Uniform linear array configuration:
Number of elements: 24
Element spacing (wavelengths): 1
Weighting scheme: uniform
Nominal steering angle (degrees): -60
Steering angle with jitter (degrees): -58.177
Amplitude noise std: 0.05
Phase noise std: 0.05

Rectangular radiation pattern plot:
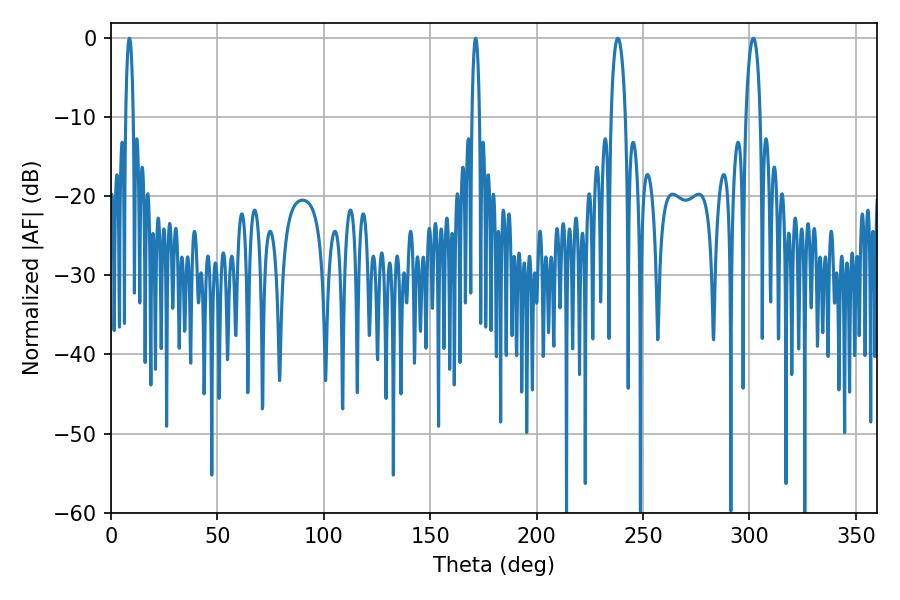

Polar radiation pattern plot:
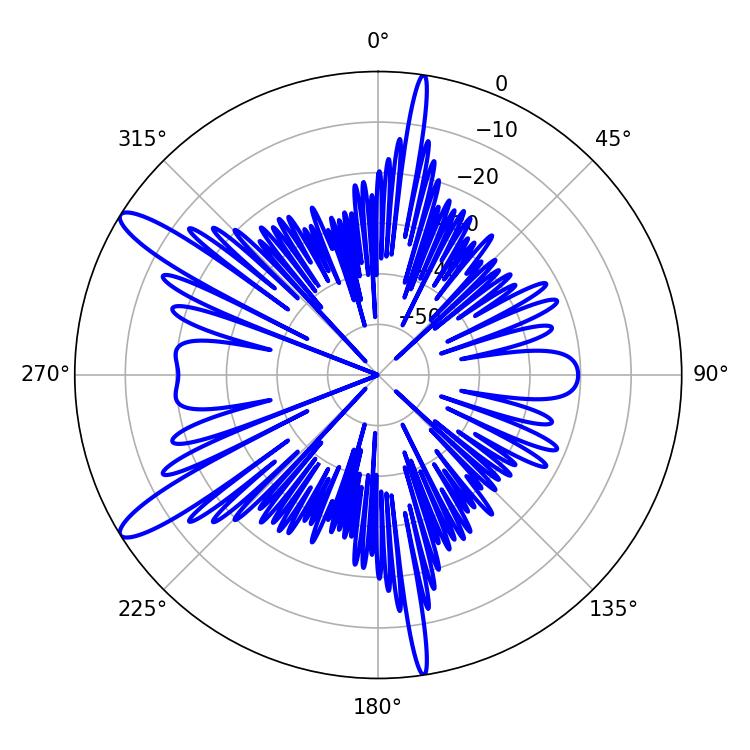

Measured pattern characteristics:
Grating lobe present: TRUE
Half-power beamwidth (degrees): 1.8
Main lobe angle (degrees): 8.64